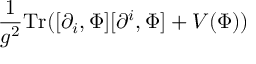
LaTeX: \frac { 1 } { g ^ { 2 } } \mathrm { T r } ( [ \partial _ { i } , \Phi ] [ \partial ^ { i } , \Phi ] + V ( \Phi ) )